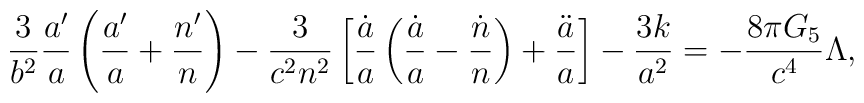
{3\over b^2}{a^{\prime}\over a}\left({a^{\prime}\over a}+{n^{\prime}\over n}\right)-{3\over{c^2n^2}}\left[{\dot{a}\over a}\left({\dot{a}\over a}-{\dot{n}\over n}\right)+{\ddot{a}\over a}\right]-{{3k}\over a^2}=-{{8\pi G_5}\over c^4}\Lambda,